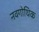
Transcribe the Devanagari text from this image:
नवगोथिक